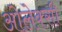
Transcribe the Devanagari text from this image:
ओलेक्सी